Civil Veterinary Department ledger series I-VI
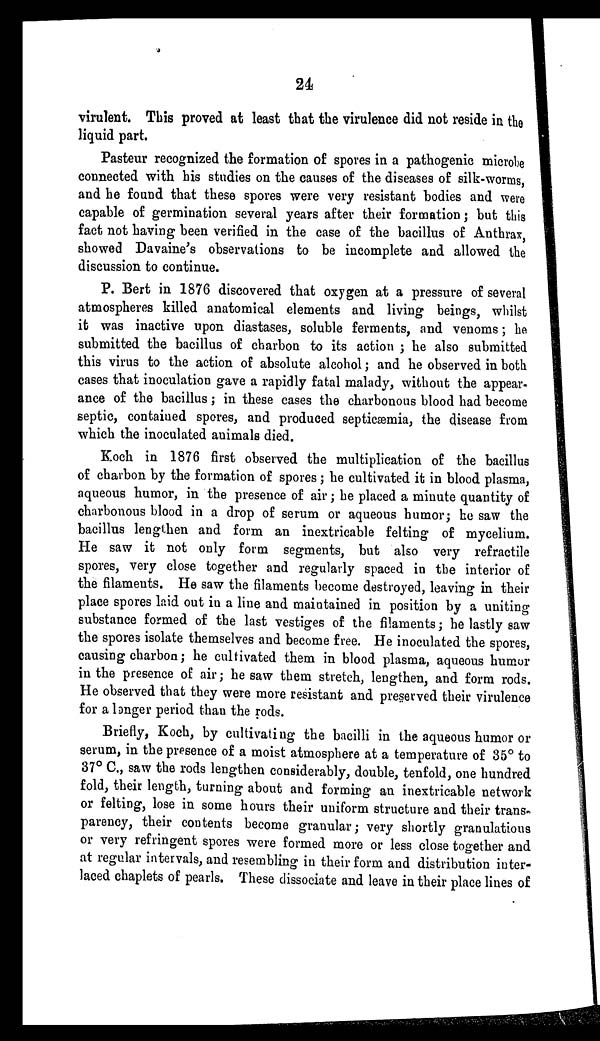
24
virulent. This proved at least that the virulence did not reside in the
liquid part.
Pasteur recognized the formation of spores in a pathogenic microbe
connected with his studies on the causes of the diseases of silk-worms,
and he found that these spores were very resistant bodies and were
capable of germination several years after their formation; but this
fact not having been verified in the case of the bacillus of Anthrax,
showed Davaine's observations to be incomplete and allowed the
discussion to continue.
P. Bert in 1876 discovered that oxygen at a pressure of several
atmospheres killed anatomical elements and living beings, whilst
it was inactive upon diastases, soluble ferments, and venoms; he
submitted the bacillus of charbon to its action; he also submitted
this virus to the action of absolute alcohol; and he observed in both
cases that inoculation gave a rapidly fatal malady, without the appear-
ance of the bacillus ; in these cases the charbonous blood had become
septic, contained spores, and produced septicæmia, the disease from
which the inoculated animals died.
Koch in 1876 first observed the multiplication of the bacillus
of charbon by the formation of spores; he cultivated it in blood plasma,
aqueous humor, in the presence of air; he placed a minute quantity of
charbonous blood in a drop of serum or aqueous humor; he saw the
bacillus lengthen and form an inextricable felting of mycelium.
He saw it not only form segments, but also very refractile
spores, very close together and regularly spaced in the interior of
the filaments. He saw the filaments become destroyed, leaving in their
place spores laid out in a line and maintained in position by a uniting
substance formed of the last vestiges of the filaments; he lastly saw
the spores isolate themselves and become free. He inoculated the spores,
causing charbon; he cultivated them in blood plasma, aqueous humor
in the presence of air; he saw them stretch, lengthen, and form rods.
He observed that they were more resistant and preserved their virulence
for a longer period than the rods.
Briefly, Koch, by cultivating the bacilli in the aqueous humor or
serum, in the presence of a moist atmosphere at a temperature of 35° to
37° C., saw the rods lengthen considerably, double, tenfold, one hundred
fold, their length, turning about and forming an inextricable network
or felting, lose in some hours their uniform structure and their trans-
parency, their contents become granular; very shortly granulations
or very refringent spores were formed more or less close together and
at regular intervals, and resembling in their form and distribution inter-
laced chaplets of pearls. These dissociate and leave in their place lines of